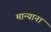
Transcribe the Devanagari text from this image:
मान्यानां